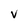
Character: v